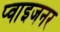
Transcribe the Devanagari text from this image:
प्वाइजनर